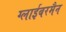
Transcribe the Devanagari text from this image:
ग्लाईबरमैन